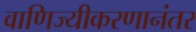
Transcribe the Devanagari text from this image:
वाणिज्यीकरणानंतर